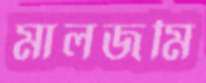
মালজমি